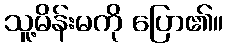
သူ့မိန်းမကို ပြော၏။